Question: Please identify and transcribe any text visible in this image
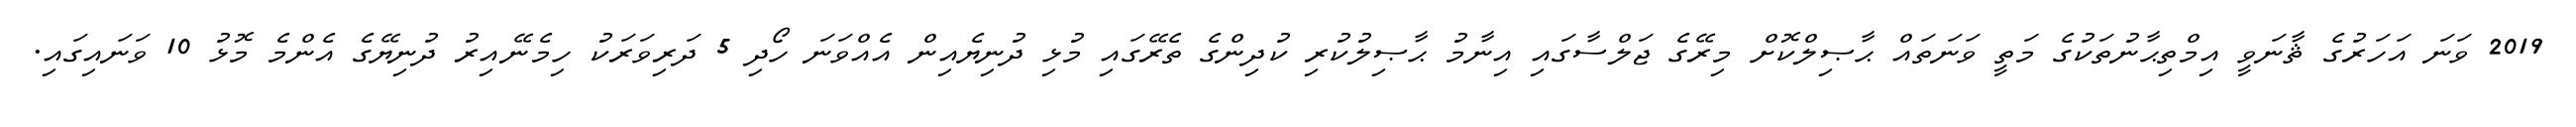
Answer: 2019 ވަނަ އަހަރުގެ ޘާނަވީ އިމްތިޙާނުތަކުގެ މަތީ ވަނަތައް ޙާޞިލްކޮށް މިރޭގެ ޖަލްސާގައި އިނާމު ޙާޞިލުކުރި ކުދިންގެ ތެރޭގައި މުޅި ދުނިޔެއިން އެއްވަނަ ހޯދި 5 ދަރިވަރަކު ހިމެނޭއިރު ދުނިޔޭގެ އެންމެ މޮޅު 10 ވަނައިގައި.